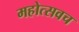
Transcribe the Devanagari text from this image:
महोत्सवच